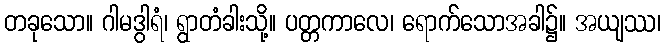
တခုသော။ ဂါမဒွါရံ၊ ရွာတံခါးသို့။ ပတ္တကာလေ၊ ရောက်သောအခါ၌။ အယျဿ၊